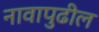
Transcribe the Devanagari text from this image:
नावापुढील